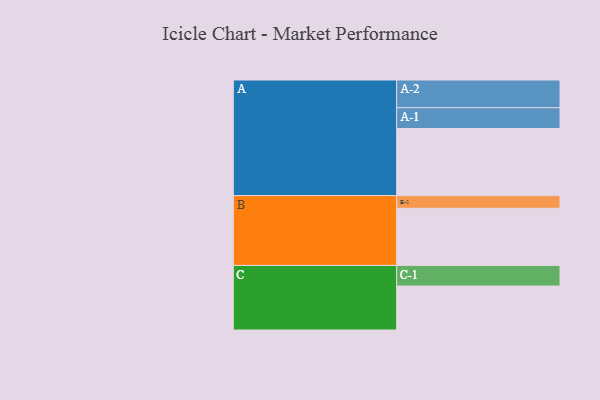
{"axis": {"x": "Segment", "y": "Value"}, "legend": ["", "A", "B", "C"], "data": [{"x": "A", "y": 557, "type": ""}, {"x": "B", "y": 475, "type": ""}, {"x": "C", "y": 365, "type": ""}, {"x": "A-1", "y": 173, "type": "A"}, {"x": "A-2", "y": 230, "type": "A"}, {"x": "B-1", "y": 105, "type": "B"}, {"x": "C-1", "y": 171, "type": "C"}]}